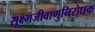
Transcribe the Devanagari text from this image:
सूक्ष्मजीवाणुनिरोधक